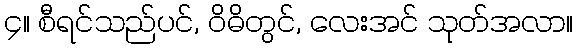
၄။ စီရင်သည်ပင်, ဝိဓိတွင်, လေးအင် သုတ်အလာ။